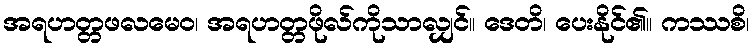
အရဟတ္တဖလမေဝ၊ အရဟတ္တဖိုလ်ကိုသာလျှင်။ ဒေတိ၊ ပေးနိုင်၏။ ကဿစိ၊